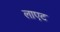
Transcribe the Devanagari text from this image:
लाएट